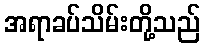
အရာခပ်သိမ်းတို့သည်